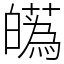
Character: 𤾸